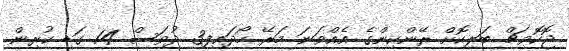
ޖޮކޮވިޗް ބަލިކޮށް ރޭންކިންގެ އެއްވަނަ މަރޭ ހޯދައިފި3 ދުވަސް 14 ގަޑި ކުރިން.